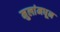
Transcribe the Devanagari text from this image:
मुलांमधून